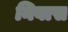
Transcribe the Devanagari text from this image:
निबास